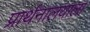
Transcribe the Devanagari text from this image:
प्रार्थनालयाला